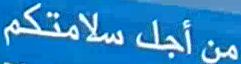
منًأجل سلامتكم